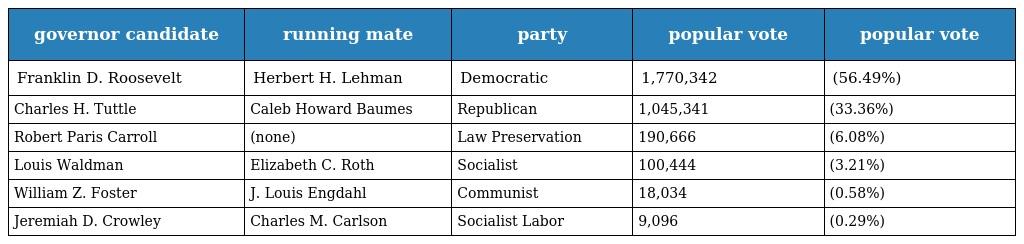
| governor candidate | running mate | party | popular vote | popular vote |
 | --- | --- | --- | --- | --- |
 | Franklin D. Roosevelt | Herbert H. Lehman | Democratic | 1,770,342 | (56.49%) |
 | Charles H. Tuttle | Caleb Howard Baumes | Republican | 1,045,341 | (33.36%) |
 | Robert Paris Carroll | (none) | Law Preservation | 190,666 | (6.08%) |
 | Louis Waldman | Elizabeth C. Roth | Socialist | 100,444 | (3.21%) |
 | William Z. Foster | J. Louis Engdahl | Communist | 18,034 | (0.58%) |
 | Jeremiah D. Crowley | Charles M. Carlson | Socialist Labor | 9,096 | (0.29%) |